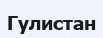
Гулистан